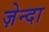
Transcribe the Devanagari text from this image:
ज़ेन्दा